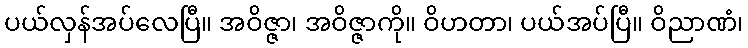
ပယ်လှန်အပ်လေပြီ။ အဝိဇ္ဇာ၊ အဝိဇ္ဇာကို။ ဝိဟတာ၊ ပယ်အပ်ပြီ။ ဝိညာဏံ၊